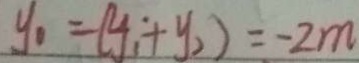
y _ { 0 } = ( y _ { 1 } + y _ { 2 } ) = - 2 m